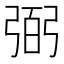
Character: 弼